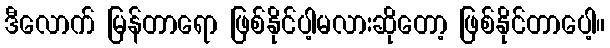
ဒီလောက် မြန်တာရော ဖြစ်နိုင်ပါ့မလားဆိုတော့ ဖြစ်နိုင်တာပေါ့။